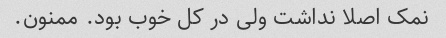
نمک اصلا نداشت ولی در کل خوب بود. ممنون.